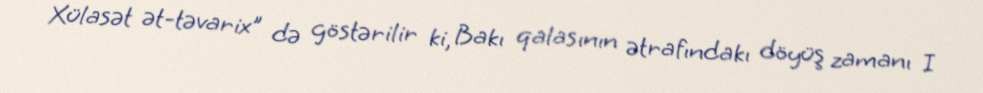
Xülasət ət-təvarix" də göstərilir ki, Bakı qalasının ətrafındakı döyüş zamanı I